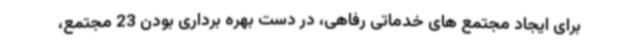
برای ایجاد مجتمع های خدماتی رفاهی، در دست بهره برداری بودن 23 مجتمع،